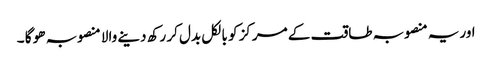
اوریہ منصوبہ طاقت کے مرکز کو بالکل بدل کر رکھ دینے والا منصوبہ ھو گا ۔